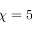
\chi = 5